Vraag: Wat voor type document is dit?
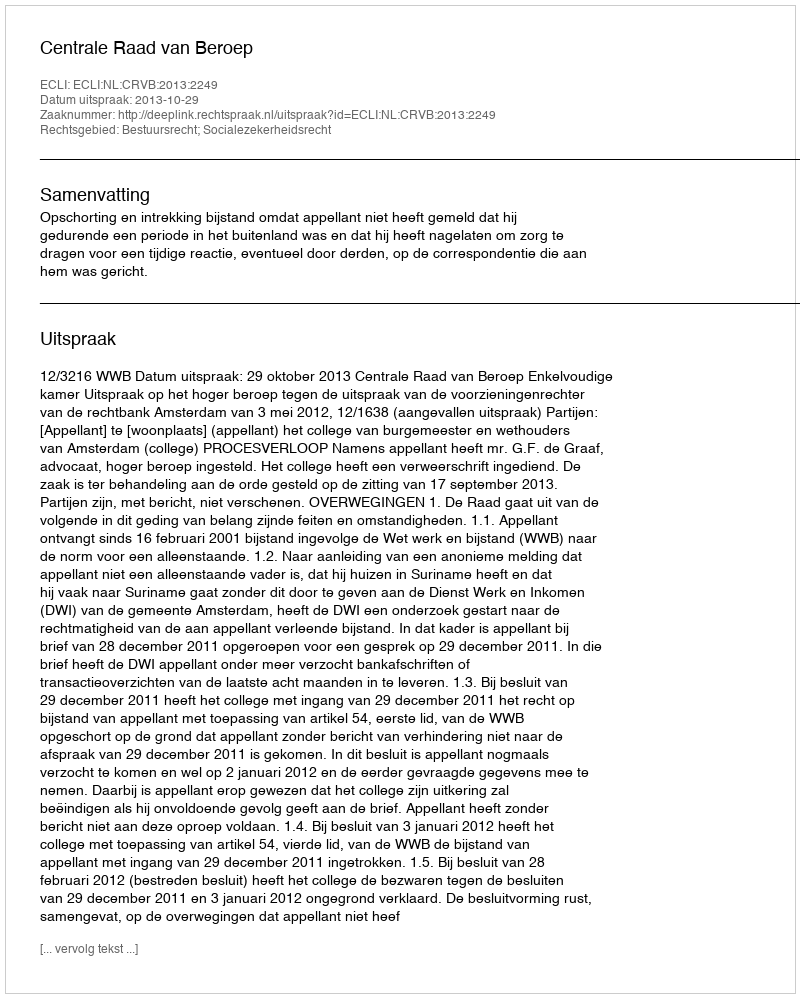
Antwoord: Uitspraak